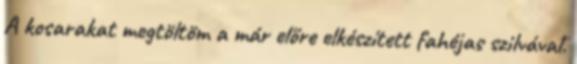
A kosarakat megtöltöm a már előre elkészített fahéjas szilvával.